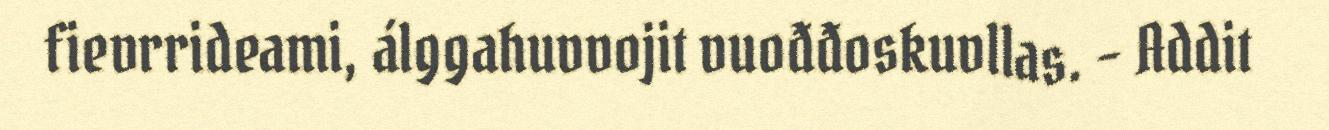
fievrrideami, álggahuvvojit vuođđoskuvllas. - Addit